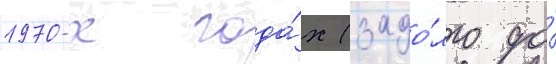
1970-х года́х (задо́лго до́